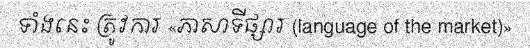
ទាំងនេះ ត្រូវការ «ភាសាទីផ្សារ (language of the market)»